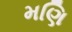
મણિ